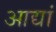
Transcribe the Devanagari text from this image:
आद्यां